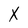
Character: x